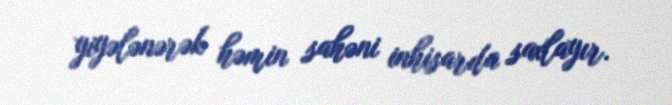
yiyələnərək həmin sahəni inhisarda saxlayır.